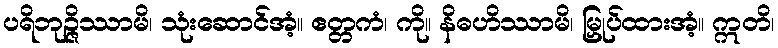
ပရိဘုဉ္ဇိဿာမိ၊ သုံးဆောင်အံ့။ ဧတ္တကံ၊ ကို။ နိဓဟိဿာမိ၊ မြှုပ်ထားအံ့။ ဣတိ၊